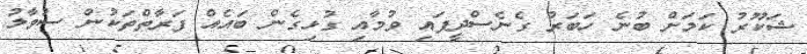
ޝަކޫރު ކަމަށް ބުނެ ހަބަރު ގެނެސްދީފައި ވުމާއި ގުޅިގެން ބައެއް ފަރާތްތަކުން ސުވާލު